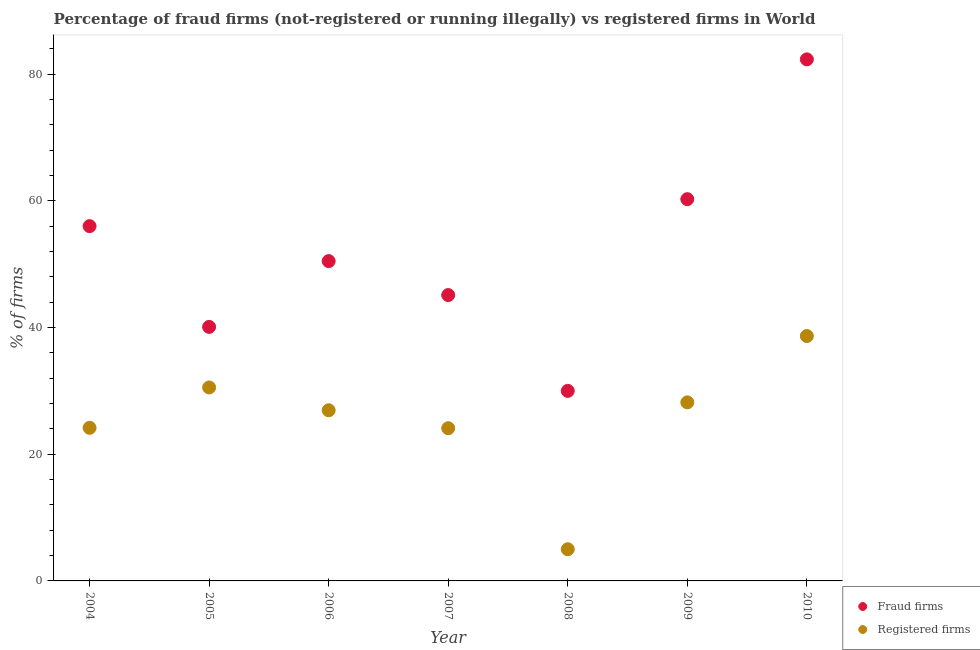
| Year | Fraud firms | Registered firms |
 | --- | --- | --- |
 | 2004 | 56 | 24.2 |
 | 2005 | 40.1 | 30.5 |
 | 2006 | 50.5 | 26.9 |
 | 2007 | 45.1 | 24.1 |
 | 2008 | 30 | 5 |
 | 2009 | 60.3 | 28.2 |
 | 2010 | 82.3 | 38.7 |